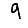
Digit: 9